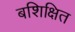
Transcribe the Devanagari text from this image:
बशिक्षित